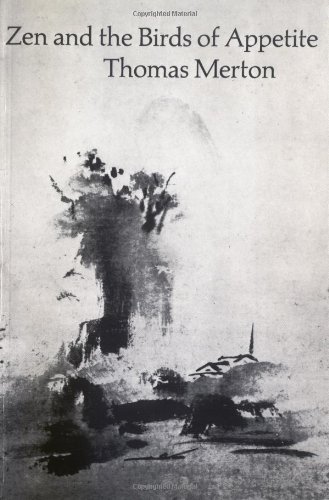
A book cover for Zen and the Birds of Appetite (New Directions Paperbook); Thomas Merton; Religion & Spirituality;